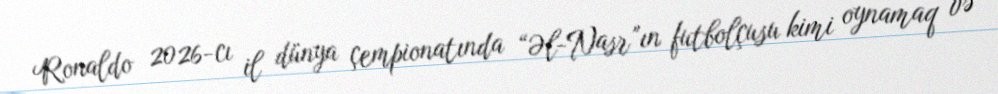
Ronaldo 2026-cı il dünya çempionatında “Əl-Nasr”ın futbolçusu kimi oynamaq və